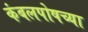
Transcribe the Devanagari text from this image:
कंबलपोषच्या